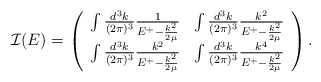
\begin{align*}{\bf {\cal I}}(E)=\left( \begin{array}{cc} \int \frac{d^3k}{(2 \pi)^3} \frac{1}{E^+ - \frac{k^2}{2 \mu}} & \int \frac{d^3k}{(2 \pi)^3} \frac{k^2}{E^+ - \frac{k^2}{2 \mu}}\\\int \frac{d^3k}{(2 \pi)^3} \frac{k^2}{E^+ - \frac{k^2}{2 \mu}} & \int \frac{d^3k}{(2 \pi)^3} \frac{k^4}{E^+ - \frac{k^2}{2 \mu}}\end{array} \right).\end{align*}